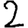
Digit: 2